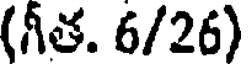
(గీత. 6/26)